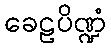
ခေဠပိဏ္ဍံ